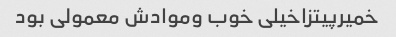
خمیرپیتزاخیلی خوب وموادش معمولی بود